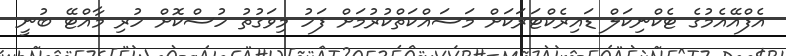
އެފްއޭއެމުގެ ޓެކްނިކަލް ޑައިރެކްޓަރަކަށް މަސައްކަތްކުރުމަށް ފަހު މިވަގުތު ހުސްކޮށް ހުރި މާއްޓޭ ބުނީ